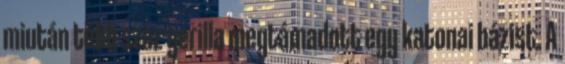
miután több száz gerilla megtámadott egy katonai bázist. A